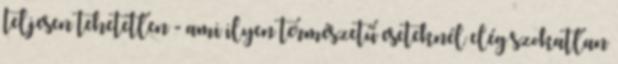
teljesen tehetetlen - ami ilyen természetű eseteknél elég szokatlan